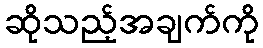
ဆိုသည့်အချက်ကို